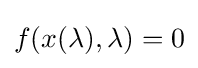
f(x(\lambda ),\lambda )=0